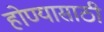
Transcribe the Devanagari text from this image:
होण्‍यासाठी